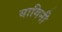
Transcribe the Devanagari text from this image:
यागिनी